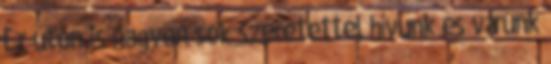
Ez úton is nagyon sok szeretettel hívunk és várunk